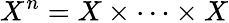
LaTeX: X^{n}=X\times\cdots\times X